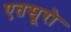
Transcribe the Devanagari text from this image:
एतसूरो